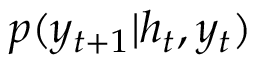
p ( y _ { t + 1 } | h _ { t } , y _ { t } )